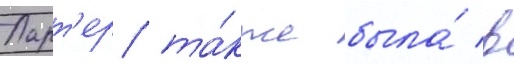
Ларт'ер та́кже была́ в